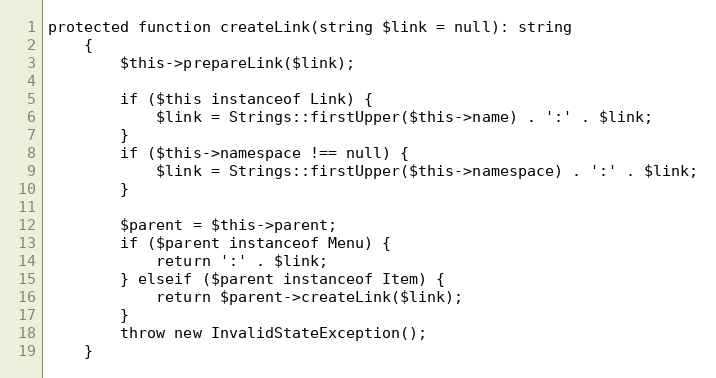
Language: PHP
protected function createLink(string $link = null): string
	{
		$this->prepareLink($link);

		if ($this instanceof Link) {
			$link = Strings::firstUpper($this->name) . ':' . $link;
		}
		if ($this->namespace !== null) {
			$link = Strings::firstUpper($this->namespace) . ':' . $link;
		}

		$parent = $this->parent;
		if ($parent instanceof Menu) {
			return ':' . $link;
		} elseif ($parent instanceof Item) {
			return $parent->createLink($link);
		}
		throw new InvalidStateException();
	}